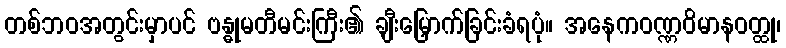
တစ်ဘဝအတွင်းမှာပင် ဗန္ဓုမတီမင်းကြီး၏ ချီးမြှောက်ခြင်းခံရပုံ။ အနေကဝဏ္ဏဝိမာနဝတ္ထု၊